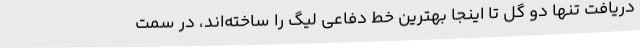
دریافت تنها دو گل تا اینجا بهترین خط دفاعی لیگ را ساخته‌اند، در سمت